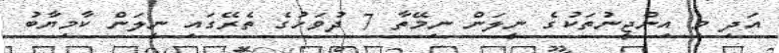
އަދި މި އިންޖީނުތަކުގެ ނީލަން ނިމޭތާ 7 ދުވަހުގެ ތެރޭގައި ނީލަން ކާމިޔާބު